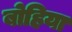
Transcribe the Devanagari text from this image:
बोहिया